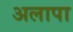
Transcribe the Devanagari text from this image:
अलापा